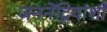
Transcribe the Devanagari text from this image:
जननेंद्रियांशी